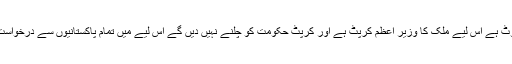
عمران خان نے کہا کہ فیصلے میں واضح اشارہ ملتا ہے کہ قطری خط جھوٹ ہے اس لیے ملک کا وزیر اعظم کرپٹ ہے اور کرپٹ حکومت کو چلنے نہیں دیں گے اس لیے میں تمام پاکستانیوں سے درخواست کرتا ہوں کہ پریڈ گراؤنڈ پہنچیں اور گرتی ہوئی دیوار کو آخری دھکا دیں۔